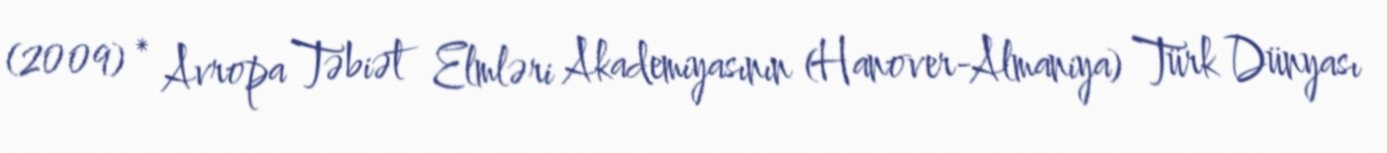
(2009) * Avropa Təbiət Elmləri Akademiyasının (Hanover-Almaniya) Türk Dünyası